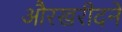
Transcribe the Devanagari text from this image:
औरखरीदने